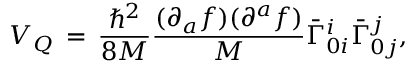
V _ { Q } \, = \, \frac { { \hbar } ^ { 2 } } { 8 M } \frac { ( \partial _ { a } f ) ( \partial ^ { a } f ) } { M } { \bar { \Gamma } } _ { 0 i } ^ { i } { \bar { \Gamma } } _ { 0 j } ^ { j } ,